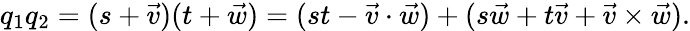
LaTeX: q_{1}q_{2}=(s+{\vec{v}})(t+{\vec{w}})=(st-{\vec{v}}\cdot{\vec{w}})+(s{\vec{w}}+t{\vec{v}}+{\vec{v}}\times{\vec{w}}).